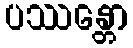
ပဿန္တော